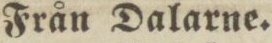
Från Dalarne.